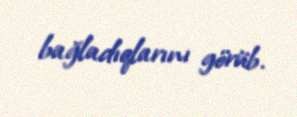
bağladıqlarını görüb.